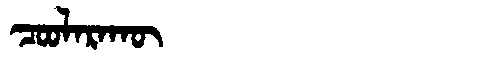
Manchu: ᠴᠣᠣᠯᠠᡵᠠᡴᡡ
Romanization: COOLARAKŪ